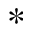
^ \ast